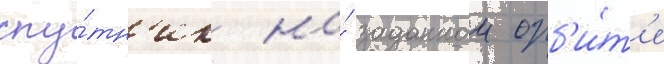
спу́тн'ик на́ заданнои орб'и́т'е